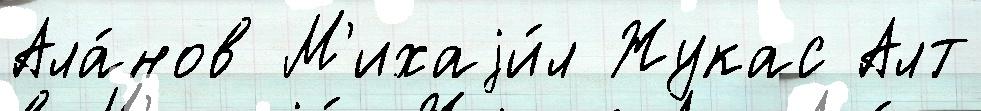
Ала́нов М'ихаjи́л Жукас Алт